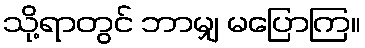
သို့ရာတွင် ဘာမျှ မပြောကြ။